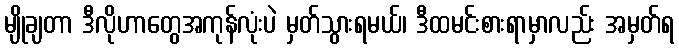
မျိုချတာ ဒီလိုဟာတွေအကုန်လုံးပဲ မှတ်သွားရမယ်၊ ဒီထမင်းစားရာမှာလည်း အမှတ်ရ